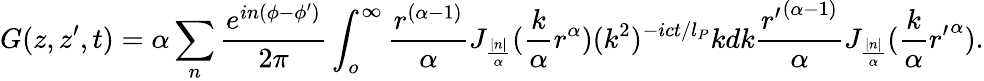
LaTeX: G(z,z^{\prime},t)=\alpha\sum_{n}\frac{e^{in(\phi-\phi^{\prime})}}{2\pi}\int_{o}^{\infty}\frac{r^{(\alpha-1)}}{\alpha}J_{\frac{|n|}{\alpha}}(\frac{k}{\alpha}r^{\alpha})(k^{2})^{-ict/l_{P}}kdk\frac{{r^{\prime}}^{(\alpha-1)}}{\alpha}J_{\frac{|n|}{\alpha}}(\frac{k}{\alpha}{r^{\prime}}^{\alpha}).